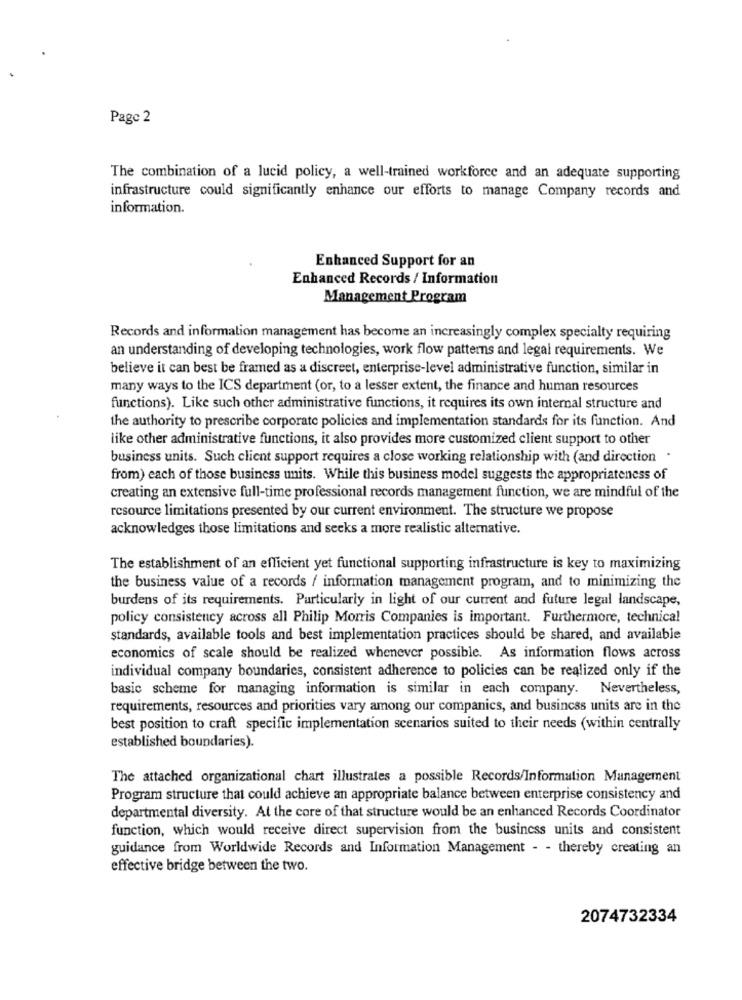
Page 2
The combination of a lucid policy, a well-trained workforce and an adequate supporting
infrastructure could significantly enhance our efforts to manage Company records and
information.
Enhanced Support for an
Enhanced Records / Information
Management Program
Records and information management has become an increasingly complex specialty requiring
an understanding of developing technologies, work flow patterns and legal requirements. We
believe it can best be framed as a discreet, enterprise-level administrative function, similar in
many ways to the ICS department (or, to a lesser extent, the finance and human resources
functions). Like such other administrative functions, it requires its own internal structure and
the authority to prescribe corporate policies and implementation standards for its function. And
like other administrative functions, it also provides more customized client support to other
business units. Such client support requires a close working relationship with (and direction .
from) each of those business units. While this business model suggests the appropriateness of
creating an extensive full-time professional records management function, we are mindful of the
resource limitations presented by our current environment. The structure we propose
acknowledges those limitations and seeks a more realistic alternative.
The establishment of an efficient yet functional supporting infrastructure is key to maximizing
the business value of a records / information management program, and to minimizing the
burdens of its requirements. Particularly in light of our current and future legal landscape,
policy consistency across all Philip Morris Companies is important. Furthermore, technical
standards, available tools and best implementation practices should be shared, and available
economics of scale should be realized whenever possible. As information flows across
individual company boundaries, consistent adherence to policies can be realized only if the
basic scheme for managing information is similar in each company. Nevertheless,
requirements, resources and priorities vary among our companics, and business units are in the
best position to craft specific implementation scenarios suited to their needs (within centrally
established boundaries).
The attached organizational chart illustrates a possible Records/Information Management
Program structure that could achieve an appropriate balance between enterprise consistency and
departmental diversity. At the core of that structure would be an enhanced Records Coordinator
function, which would receive direct supervision from the business units and consistent
guidance from Worldwide Records and Information Management - - thereby creating an
effective bridge between the two.
2074732334